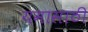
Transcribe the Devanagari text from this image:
यमासाठी